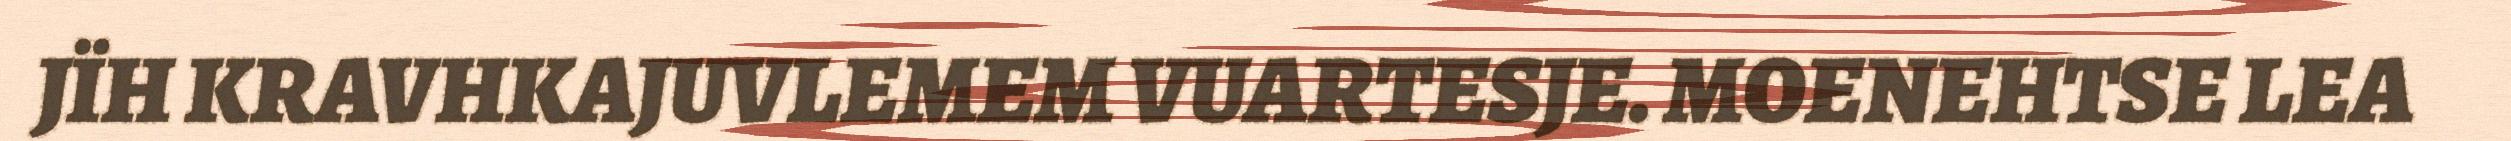
JÏH KRAVHKAJUVLEMEM VUARTESJE. MOENEHTSE LEA